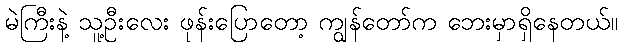
မဲကြီးနဲ့ သူ့ဦးလေး ဖုန်းပြောတော့ ကျွန်တော်က ဘေးမှာရှိနေတယ်။